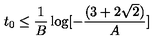
t _ { 0 } \leq \frac { 1 } { B } \log [ - \frac { ( 3 + 2 \sqrt { 2 } ) } { A } ]